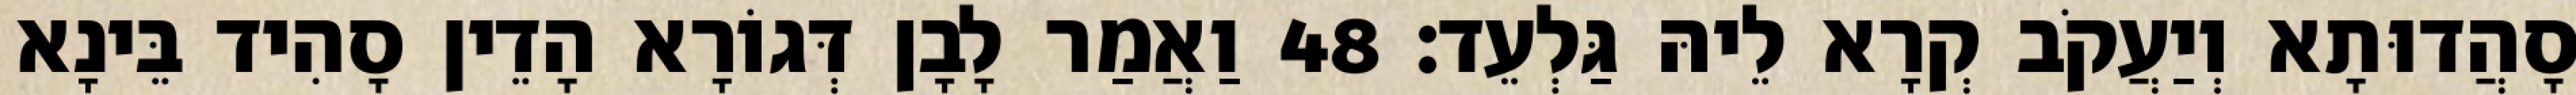
סָהֲדוּתָא וְיַעֲקֹב קְרָא לֵיהּ גַּלְעֵד׃ 48 וַאֲמַר לָבָן דְּגוֹרָא הָדֵין סָהִיד בֵּינָא